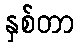
နှစ်တာ